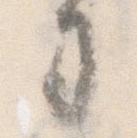
司